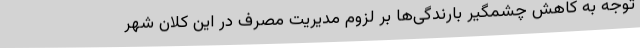
توجه به کاهش چشمگیر بارندگی‌ها بر لزوم مدیریت مصرف در این کلان شهر